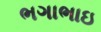
ભગાભાઇ